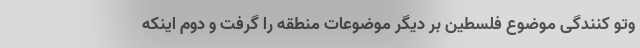
وتو کنندگی موضوع فلسطین بر دیگر موضوعات منطقه را گرفت و دوم اینکه